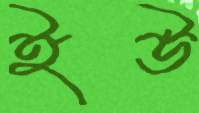
ইউ